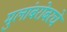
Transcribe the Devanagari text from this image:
मुलांबरोबरचे